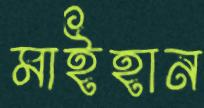
মাইহান